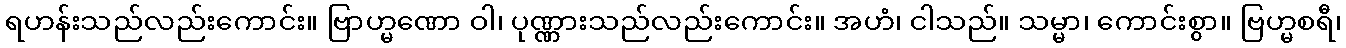
ရဟန်းသည်လည်းကောင်း။ ဗြာဟ္မဏော ဝါ၊ ပုဏ္ဏားသည်လည်းကောင်း။ အဟံ၊ ငါသည်။ သမ္မာ၊ ကောင်းစွာ။ ဗြဟ္မစရီ၊